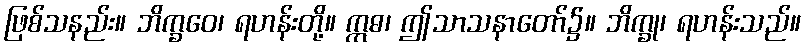
ဖြစ်သနည်း။ ဘိက္ခဝေ၊ ရဟန်းတို့။ ဣဓ၊ ဤသာသနာတော်၌။ ဘိက္ခု၊ ရဟန်းသည်။